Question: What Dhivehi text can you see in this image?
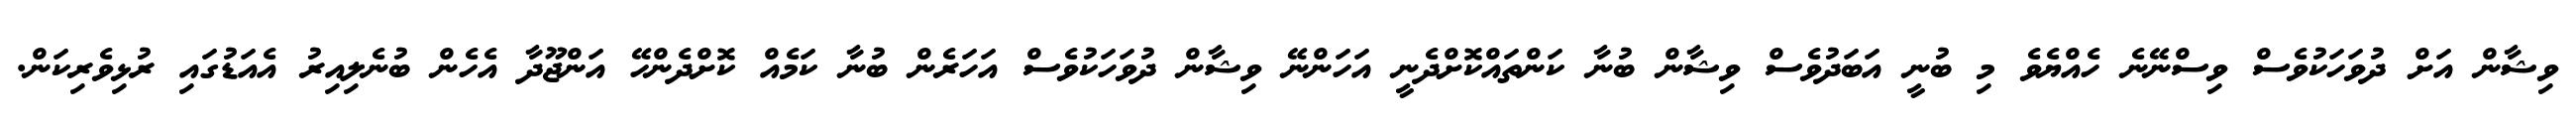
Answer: ވިޝާން އަށް ދުވަހަކުވެސް ވިސްނޭނެ ހެއްޔެވެ މި ބުނީ އަބަދުވެސް ވިޝާން ބުނާ ކަންތައްކޮށްދެނީ އަހަންނޭ ވިޝާން ދުވަހަކުވެސް އަހަރެން ބުނާ ކަމެއް ކޮށްދެންހޭ އަންޖޫދާ އެހެން ބުނެލިއިރު އެއަޑުގައި ރުޅިވެރިކަން.